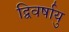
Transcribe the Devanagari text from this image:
द्विवर्षायु